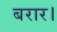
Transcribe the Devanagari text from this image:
बरार।